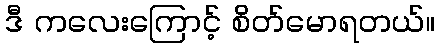
ဒီ ကလေးကြောင့် စိတ်မောရတယ်။